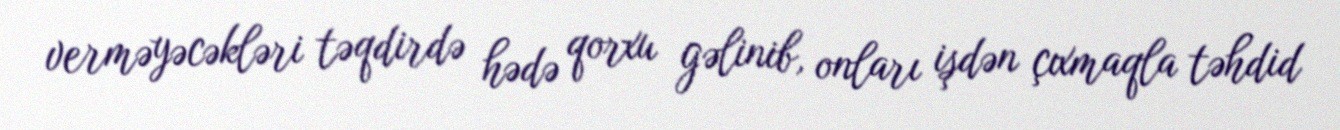
verməyəcəkləri təqdirdə hədə qorxu gəlinib, onları işdən çıxmaqla təhdid